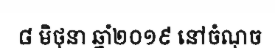
៨ មិថុនា ឆ្នាំ២០១៩ នៅចំណុច